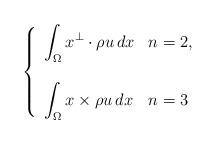
LaTeX: \begin{align*} \left\{ \begin{array}{ll} \displaystyle \int_\Omega x^\perp \cdot \rho u \, dx & n = 2, \\ \\ \displaystyle \int_\Omega x \times \rho u \, dx & n = 3 \end{array} \right. \end{align*}